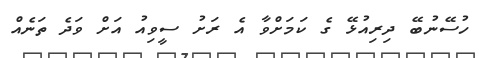
ހުސޭނުބޭ ދިރިއުޅޭ ގެ ކަމަށްވާ އެ ރަށު ސީވިއު އަށް ވަދެ ތަނެއް